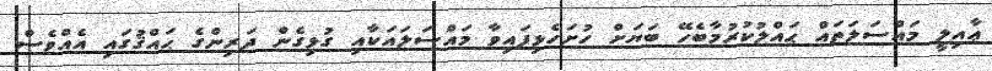
ޢާއިލީ މައްސަލަތައް ޙައްލުކުރުމާބެހޭ ބަޔަށް ހުށަހެޅިފައިވާ މައްސަލައަކާއި ގުޅިގެން ދަރިންގެ ޙައްޤުގައި އެއްވެސް